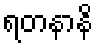
ရတနာနိ